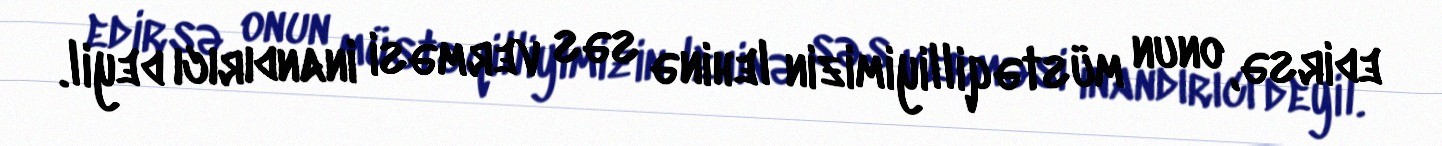
edirsə, onun müstəqilliyimizin lehinə səs verməsi inandırıcı deyil.